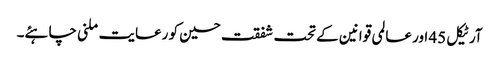
آرٹیکل 45 اور عالمی قوانین کے تحت شفقت حسین کو رعایت ملنی چاہئے۔